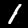
Digit: 1